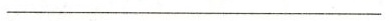
____________